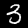
Label: 3